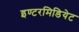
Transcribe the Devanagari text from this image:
इण्टरमिडियेट